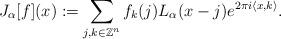
LaTeX: \begin{align*}J_{\alpha}[f](x):= \sum_{j,k\in\mathbb{Z}^n}f_{k}(j)L_{\alpha}(x-j)e^{2\pi i \langle x,k \rangle }.\end{align*}